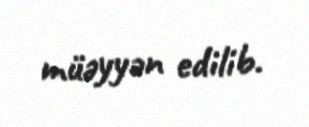
müəyyən edilib.